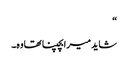
“
شاید میرابچپنا تھاوہ۔